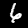
Label: 6